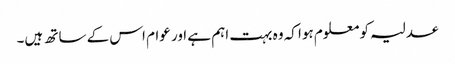
عدلیہ کو معلوم ہوا کہ وہ بہت اہم ہے اور عوام اس کے ساتھ ہیں۔